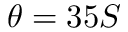
\theta = 3 5 S